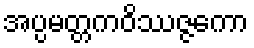
အပ္ပမတ္တကဝိဿဇ္ဇကော